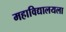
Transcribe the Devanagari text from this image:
महाविद्यालयला